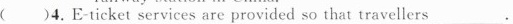
( )4. E-ticket services are provided so that travellers ___.